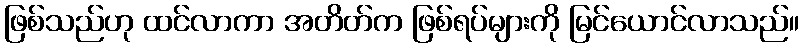
ဖြစ်သည်ဟု ထင်လာကာ အတိတ်က ဖြစ်ရပ်များကို မြင်ယောင်လာသည်။